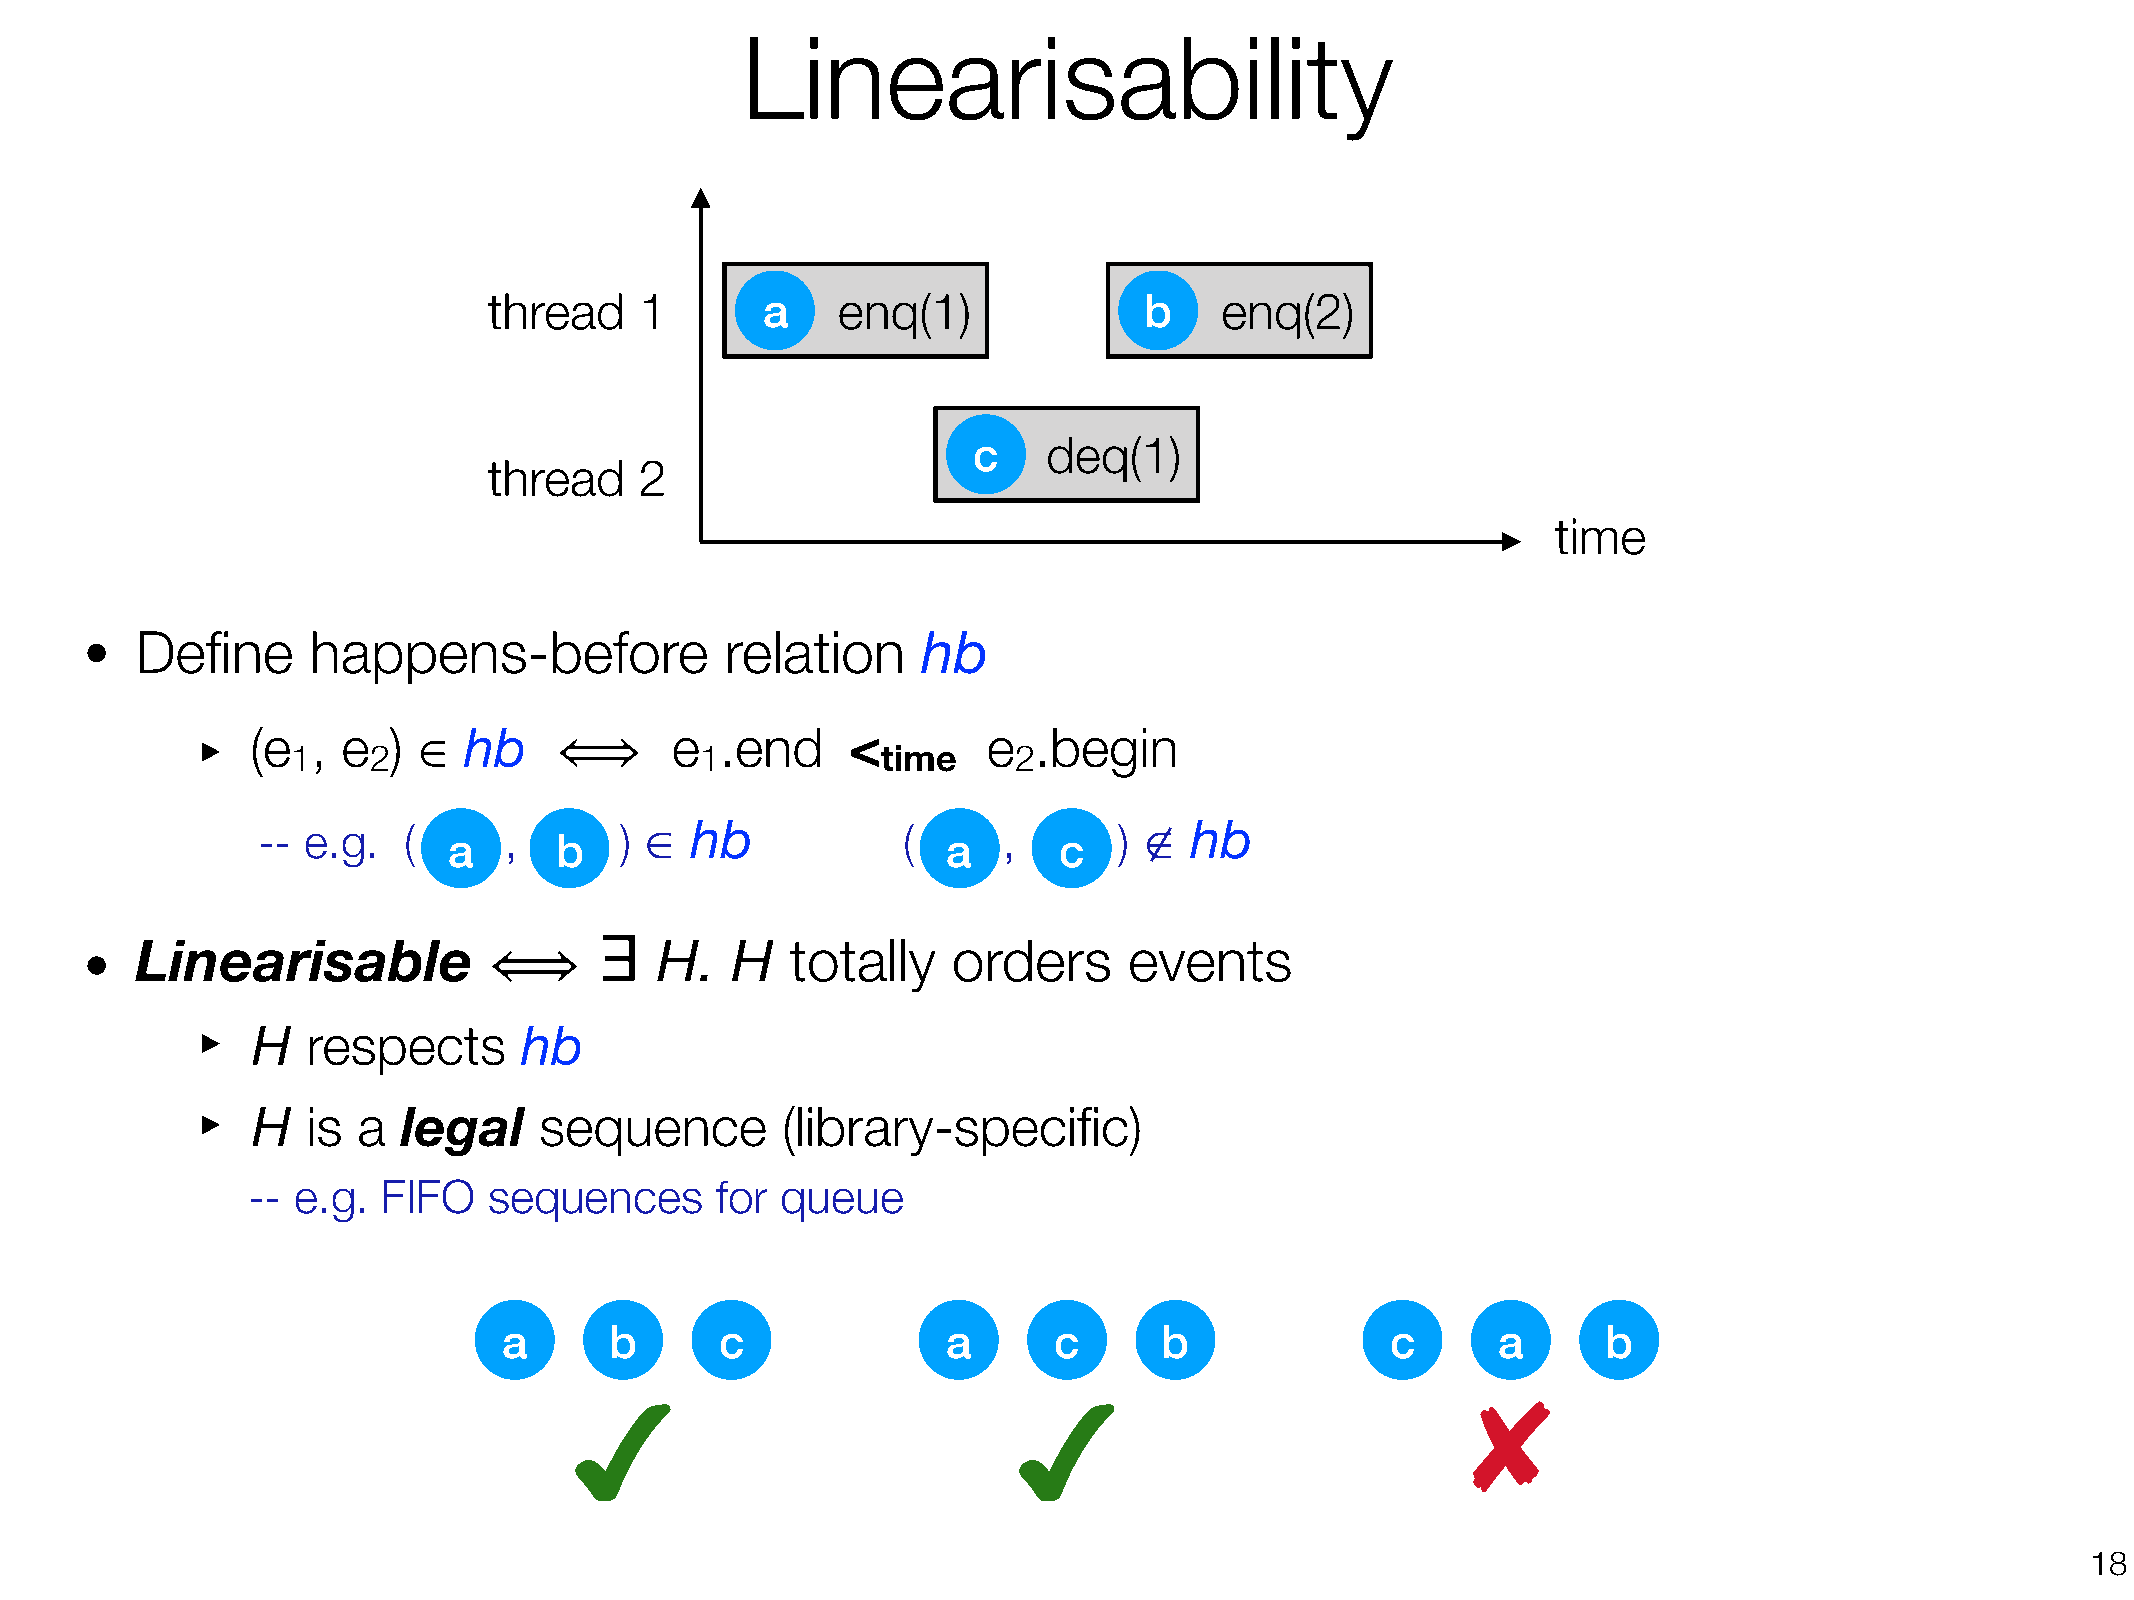
Linearisability
 thread    1       a    enq(1)               b    enq(2)
 c    deq(1)
 thread    2
 time
 •
 Define     happens-before              relation     hb
 ‣   (e  , e  ) ∈  hb           e   .end    <        e  .begin
 1    2            ⟺        1           time     2
 -- e.g.   (     ,       ) ∈  hb            (     ,       ) ∉  hb
 a      b                         a      c
 ∃
 •   Linearisable                      H.   H   totally    orders      events
 ⟺
 ‣
 H  respects      hb
 ‣
 H  is  a  legal    sequence        (library-specific)
 --  e.g. FIFO   sequences      for  queue
 a      b       c              a      c      b              c      a      b
 ✘
 ✔                            ✔
 !18